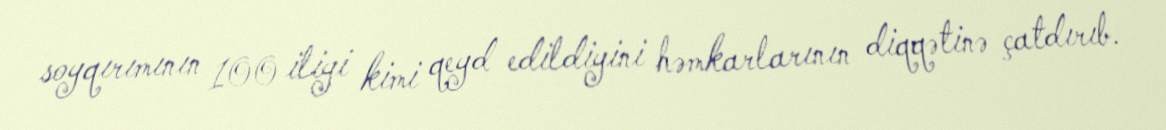
soyqırımının 100 iliyi kimi qeyd edildiyini həmkarlarının diqqətinə çatdırıb.